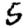
Digit: 5